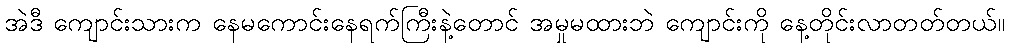
အဲဒီ ကျောင်းသားက နေမကောင်းနေရက်ကြီးနဲ့တောင် အမှုမထားဘဲ ကျောင်းကို နေ့တိုင်းလာတတ်တယ်။